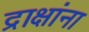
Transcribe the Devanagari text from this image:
द्राक्षांना